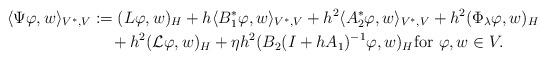
LaTeX: \begin{align*}\langle \Psi\varphi, w \rangle_{V^{*}, V} &:= (L\varphi, w)_{H} + h\langle B_{1}^{*}\varphi, w \rangle_{V^{*}, V} + h^2\langle A_{2}^{*}\varphi, w \rangle_{V^{*}, V} + h^2(\Phi_{\lambda}\varphi, w)_{H} \\ &\,\quad+ h^2({\cal L}\varphi, w)_{H} + \eta h^2 (B_2 (I+hA_1)^{-1}\varphi, w)_{H} \mbox{for}\ \varphi, w \in V. \end{align*}